Report on vaccination in Madras 1922-1929 - 1922-1929
Year: 1922
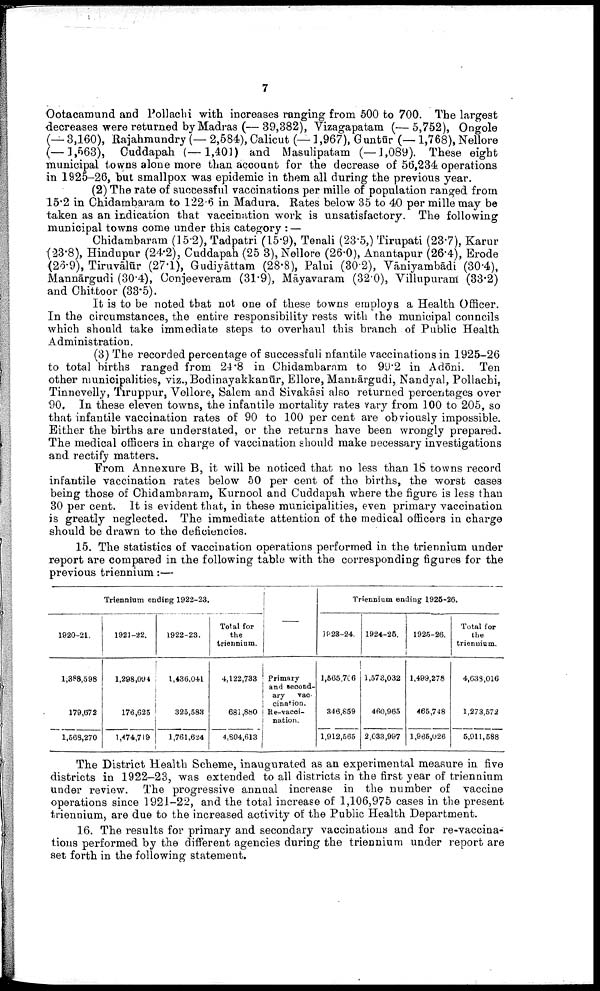
7
Ootacamund and Pollachi with increases ranging from 500 to 700. The largest
decreases were returned by Madras (—39,382), Vizagapatam (—5,752), Ongole
(—3,160), Rajahmundry (— 2,584), Calicut (—1,967), Guntūr (—1,768), Nellore
(—1,563), Cuddapah (—1,401) and Masulipatam (—1,089). These eight
municipal towns alone more than account for the decrease of 56,234 operations
in 1925-26, but smallpox was epidemic in them all during the previous year.
(2) The rate of successful vaccinations per mille of population ranged from
15.2 in Chidambaram to 122.6 in Madura. Rates below 35 to 40 per mille may be
taken as an indication that vaccination work is unsatisfactory. The following
municipal towns come under this category : —
Chidambaram (15.2), Tadpatri (15.9), Tenali (23.5,) Tirupati (23.7), Karur
(23.8), Hindupur (24.2), Cuddapah (25 3), Nellore (26.0), Anantapur (26.4), Erode
(26.9), Tiruvālūr (27.1), Gudiyāttam (28.8), Palni (30.2), Vāniyambādi (30.4),
Mannārgudi (30.4), Conjeeveram (31.9), Māyavaram (32.0), Villupuram (33.2)
and Chittoor (33.5).
It is to be noted that not one of these towns employs a Health Officer.
In the circumstances, the entire responsibility rests with the municipal councils
which should take immediate steps to overhaul this branch of Public Health
Administration.
(3) The recorded percentage of successfuli nfantile vaccinations in 1925-26
to total births ranged from 24.8 in Chidambaram to 99.2 in Adōni. Ten
other municipalities, viz., Bodinayakkanūr, Ellore, Manuārgudi, Nandyal, Pollachi,
Tinnevelly, Tiruppur, Vellore, Salem and Sivakāsi also returned percentages over
90. In these eleven towns, the infantile mortality rates vary from 100 to 205, so
that infantile vaccination rates of 90 to 100 per cent are obviously impossible.
Either the births are understated, or the returns have been wrongly prepared.
The medical officers in charge of vaccination should make necessary investigations
and rectify matters.
From Annexure B, it will be noticed that no less than 18 towns record
infantile vaccination rates below 50 per cent of the births, the worst cases
being those of Chidambaram, Kurnool and Cuddapah where the figure is less than
30 per cent. It is evident that, in these municipalities, even primary vaccination
is greatly neglected. The immediate attention of the medical officers in charge
should be drawn to the deficiencies.
15. The statistics of vaccination operations performed in the triennium under
report are compared in the following table with the corresponding figures for the
previous triennium:—
Triennium ending 1922-23.
1920-21.
1,388,598
179,672
1,568,270
1921-22.
1,298,094
176,625
1,474,719
1922-23.
1,436,041
325,583
1,761,624
Total for
the
triennium.
4,122,733
681,880
4,804,613
Primary
and second
ary
vac
cination.
Re-vacci¬
nation.
Triennium ending 1925-26.
1923-24.
1,565,706
346,859
1,912,565
1924-26.
1,578,032
460,965
2,033,997
1925-26.
1,499,278
465,748
1,965,026
Total for
the
triennium.
4,638,016
1,273,572
5,011,588
The District Health Scheme, inaugurated as an experimental measure in five
districts in 1922-23, was extended to all districts in the first year of triennium
under review. The progressive annual increase in the number of vaccine
operations since 1921-22, and the total increase of 1,106,975 cases in the present
triennium, are due to the increased activity of the Public Health Department.
16. The results for primary and secondary vaccinations and for re-vaccina
tions performed by the different agencies during the triennium under report are
set forth in the following statement.